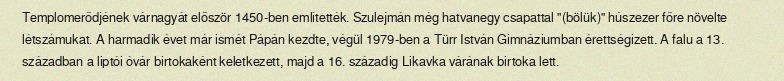
Templomerődjének várnagyát először 1450-ben említették. Szulejmán még hatvanegy csapattal "(bölük)" húszezer főre növelte létszámukat. A harmadik évet már ismét Pápán kezdte, végül 1979-ben a Türr István Gimnáziumban érettségizett. A falu a 13. században a liptói óvár birtokaként keletkezett, majd a 16. századig Likavka várának birtoka lett.